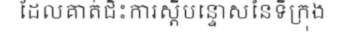
ដែលគាត់ជិះការស្តីបន្ទោសនៃទីក្រុង